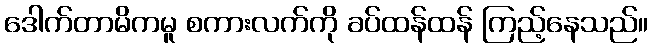
ဒေါက်တာမိကမူ စကားလက်ကို ခပ်ထန်ထန် ကြည့်နေသည်။